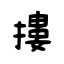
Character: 摟